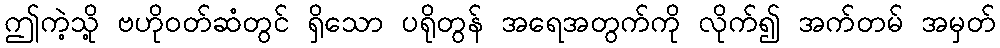
ဤကဲ့သို့ ဗဟိုဝတ်ဆံတွင် ရှိသော ပရိုတွန် အရေအတွက်ကို လိုက်၍ အက်တမ် အမှတ်